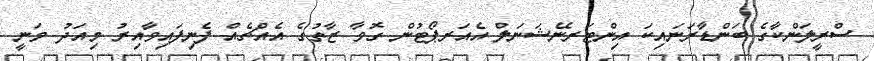
ސްރީލަންކާގެ ބަންޑާރަނައިކަ އިންޓަރނޭޝަނަލް އެއަރޕޯޓުން ގޮވާ ޒާތުގެ އެއްޗެއް ފެނިފައިވާއިރު މިއަދު ވަނީ